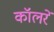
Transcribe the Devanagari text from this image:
कॉलरें